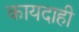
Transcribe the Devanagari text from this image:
कायदाही